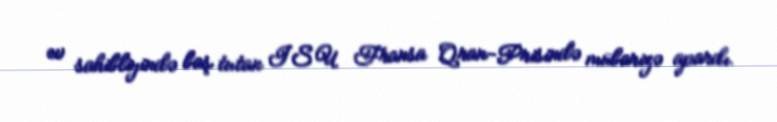
ev sahibliyində baş tutan ISU Fransa Qran-Prisində mübarizə apardı.